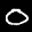
Label: 0